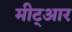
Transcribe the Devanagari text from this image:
मीट्आर